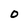
Character: 0